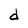
Character: d